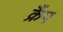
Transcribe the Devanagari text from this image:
क्रैंप